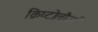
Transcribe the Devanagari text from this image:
क्रिप्टोलौजी